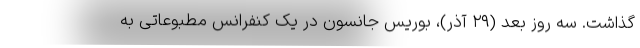
گذاشت. سه روز بعد (۲۹ آذر)، بوریس جانسون در یک کنفرانس مطبوعاتی به